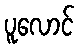
ပူလောင်